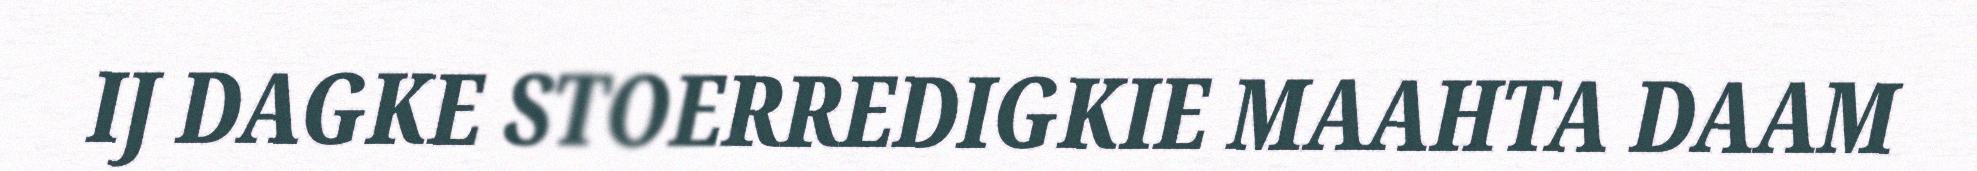
IJ DAGKE STOERREDIGKIE MAAHTA DAAM